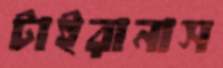
টাইরানাস